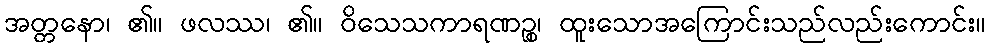
အတ္တနော၊ ၏။ ဖလဿ၊ ၏။ ဝိသေသကာရဏဉ္စ၊ ထူးသောအကြောင်းသည်လည်းကောင်း။